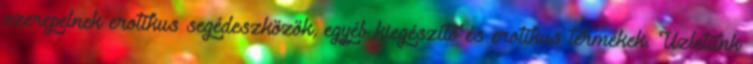
szerepelnek erotikus segédeszközök, egyéb kiegészítő és erotikus termékek. Üzletünk